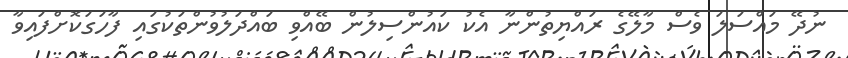
ނުދޭ މައްސަލަ ވެސް މާލޭގެ ރައްޔިތުންނާ އެކު ކައުންސިލުން ބޭއްވި ބައްދަލުވުންތަކުގައި ފާހަގަކޮށްފައިވާ